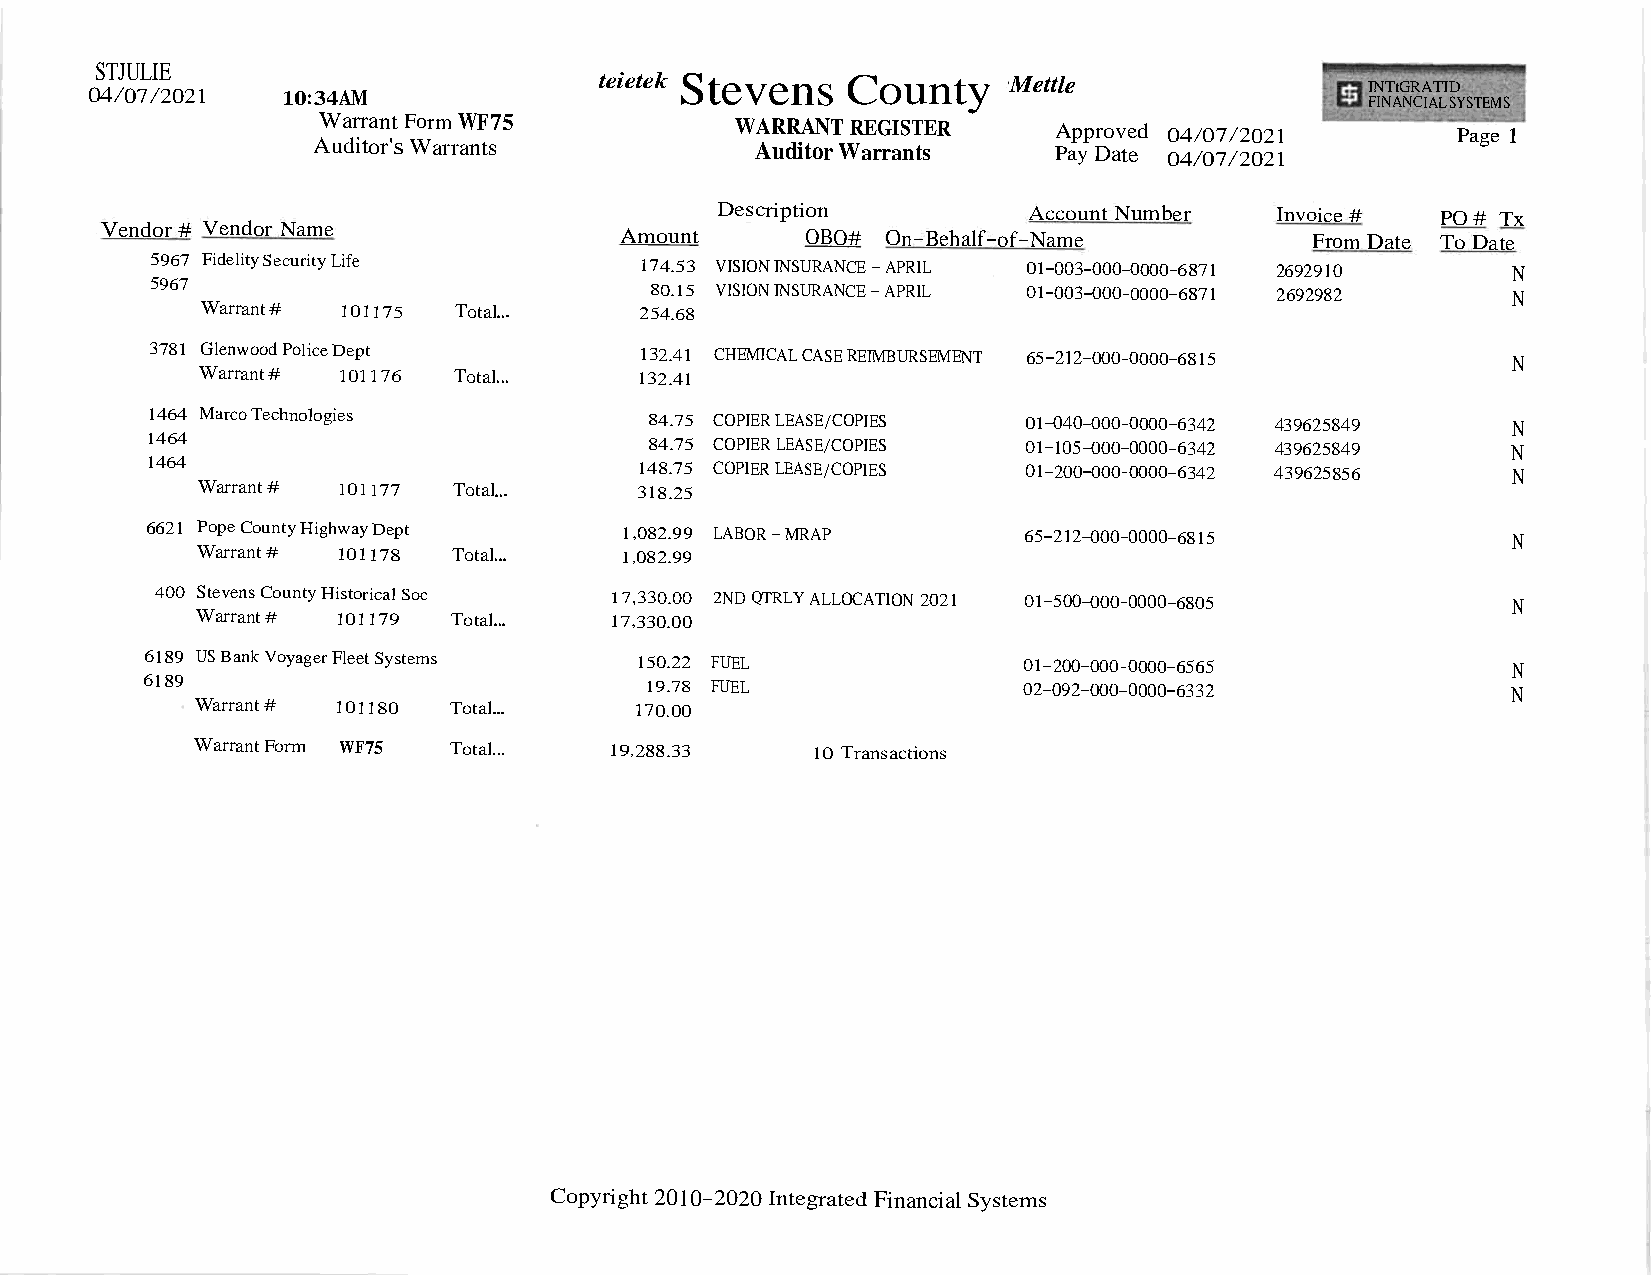
STJULIE
 04/07/2021   10:34AM              teietek Stevens County     Mettle                  FIN INT AtG NR CA IAT LID
 SYSTEMS
 WarrantFormWF75             WARRANTREGISTER      Approved 04/07/2021       Page1
 Auditor'sWarrants            AuditorWarrants     PayDate 04/07/2021
 Description          AccountNumber   Invoice#   PO# Tx
 Vendor# Vendor Name               Amount      OBO#  On-Behalf-of-Name           From Date ToDate
 5967 FidelitySecurityLife       174.53 VISIONINSURANCE-APRIL 01-003-000-0000-6871 2692910 N
 5967                             80.15 VISIONINSURANCE-APRIL 01-003-000-0000-6871 2692982 N
 Warrant# 101175  Total...    254.68
 3781 GlenwoodPoliceDept         132.41 CHEMICALCASEREIMBURSEMENT 65-212-000-0000-6815
 N
 Warrant# 101176  Total...    132.41
 1464 MarcoTechnologies           84.75 COPIERLEASE/COPIES 01-040-000-0000-6342 439625849  N
 1464                             84.75 COPIERLEASE/COPIES 01-105-000-0000-6342 439625849  N
 1464                            148.75 COPIERLEASE/COPIES 01-200-000-0000-6342 439625856  N
 Warrant# 101177  Total...    318.25
 6621 PopeCountyHighwayDept     1,082.99 LABOR-MRAP        65-212-000-0000-6815            N
 Warrant# 101178  Total...   1,082.99
 400 StevensCountyHistoricalSoc 17,330.00 2NDQTRLYALLOCATION2021 01-500-000-0000-6805      N
 Warrant# 101179  Total...  17,330.00
 6189 USBankVoyagerFleetSystems  150.22 FUEL               01-200-000-0000-6565            N
 6189                              19.78 FUEL               02-092-000-0000-6332            N
 Warrant# 101180  Total...    170.00
 WarrantForm WF75 Total...  19,288.33     10 Transactions
 Copyright 2010-2020Integrated FinancialSystems